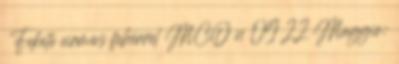
♀ Fekete cirmos fehérrel MCO n 09 22 Maggie: